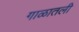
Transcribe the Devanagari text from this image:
गाळातली